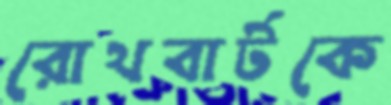
রোথবার্টকে